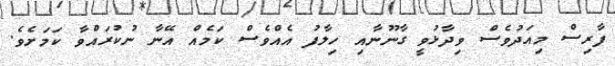
ފާރިސް މިއަދުވެސް ވިދާޅުވީ ގާނޫނާއި ހިލާފު އެއްވެސް ކަމެއް އޭނާ ނުކުރައްވާ ކަމަށެވެ.